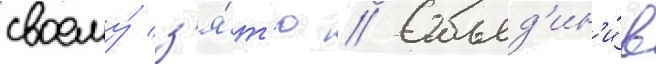
своему́ з'я́т'ю // Объед'ин'и́в